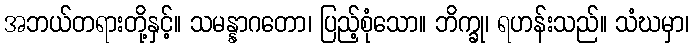
အဘယ်တရားတို့နှင့်။ သမန္နာဂတော၊ ပြည့်စုံသော။ ဘိက္ခု၊ ရဟန်းသည်။ သံဃမှာ၊